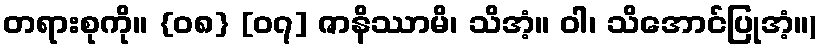
တရားစုကို။ {၀၈} [၀၇] ဇာနိဿာမိ၊ သိအံ့။ ဝါ၊ သိအောင်ပြုအံ့။)